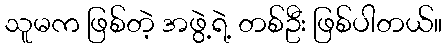
သူမက ဖြစ်တဲ့ အဖွဲ့ရဲ့ တစ်ဦး ဖြစ်ပါတယ်။